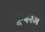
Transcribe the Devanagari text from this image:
कूदरम